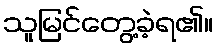
သူမြင်တွေ့ခဲ့ရ၏။